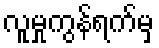
လူမှုကွန်ရက်မှ